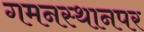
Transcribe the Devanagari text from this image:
गमनस्थानपर